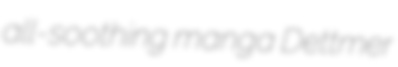
all-soothing manga Dettmer